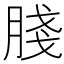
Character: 䏼